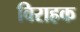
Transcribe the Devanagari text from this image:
विराहक